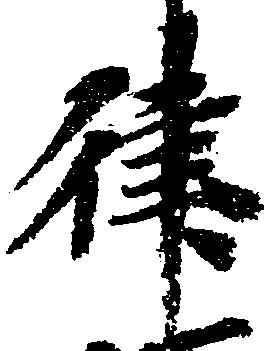
律